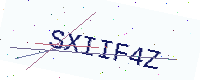
Text: SXIIF4Z